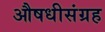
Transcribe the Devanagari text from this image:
औषधीसंग्रह